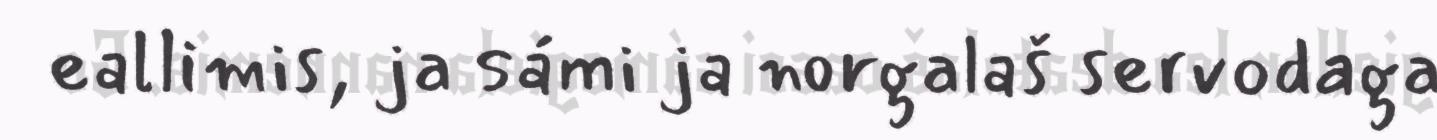
eallimis, ja sámi ja norgalaš servodaga